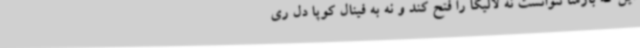
این که بارسا نتوانست نه لالیگا را فتح کند و نه به فینال کوپا دل ری